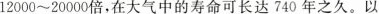
12000~20000倍，在大气中的寿命可长达740年之久。以